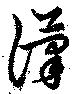
漢